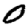
Digit: 0